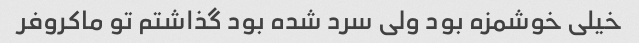
خیلی خوشمزه بود ولی سرد شده بود گذاشتم تو ماکروفر